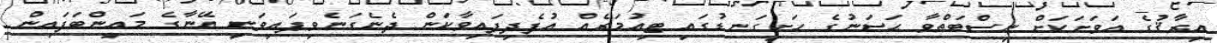
އިރާޤުގެ އަވަށަކަށް ނިސްބަތްވާ ޙަސަނުގެ ހަށިގަނޑުގައި ޓިއުމަރެއް އުފެދިފައިވާކަން ދެނެގަނެވިފައިވަނީ އޭނާގެ މައިންބަފައިން